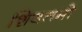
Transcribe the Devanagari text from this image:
शिवतमो